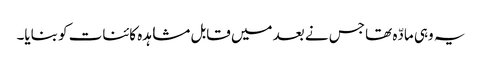
یہ وہی مادّہ تھا جس نے بعد میں قابل مشاہدہ کائنات کو بنایا۔